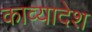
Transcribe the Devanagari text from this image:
काव्यादेश